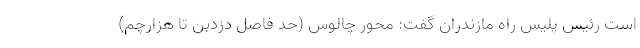
است رئیس پلیس راه مازندران گفت: محور چالوس (حد فاصل دزدبن تا هزارچم)